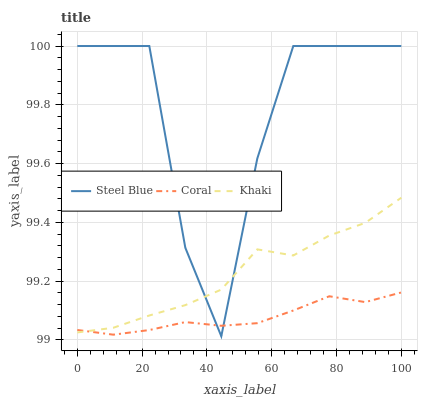
| xaxis_label | Steel Blue | Coral | Khaki |
 | --- | --- | --- | --- |
 | 0 | 100 | 99 | 99 |
 | 11.1 | 100 | 99 | 99 |
 | 22.2 | 100 | 99 | 99.1 |
 | 33.3 | 99.3 | 99.1 | 99.1 |
 | 44.4 | 99 | 99 | 99.2 |
 | 55.6 | 99.6 | 99.1 | 99.3 |
 | 66.7 | 100 | 99.1 | 99.3 |
 | 77.8 | 100 | 99.1 | 99.4 |
 | 88.9 | 100 | 99.1 | 99.4 |
 | 100 | 100 | 99.2 | 99.5 |